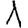
Digit: 1